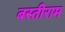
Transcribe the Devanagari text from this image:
बस्तीराम